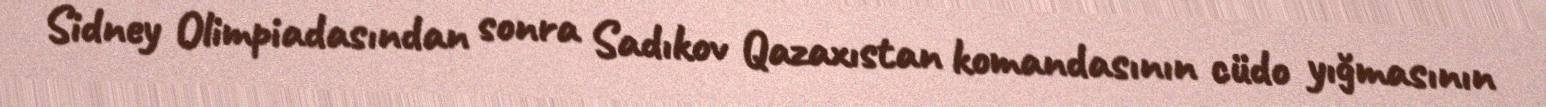
Sidney Olimpiadasından sonra Sadıkov Qazaxıstan komandasının cüdo yığmasının